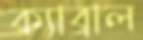
ক্যাব্রাল